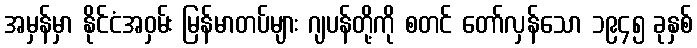
အမှန်မှာ နိုင်ငံအဝှမ်း မြန်မာတပ်များ ဂျပန်တို့ကို စတင် တော်လှန်သော ၁၉၄၅ ခုနှစ်